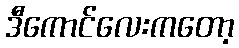
ဒီကောင်လေးကတော့